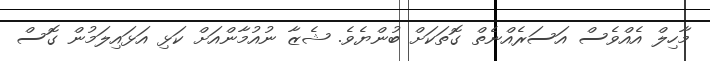
މާހިލް އެއްވެސް އަސަރެއްނެތް ގޮތަކަށް ބުންޔެވެ. ޝެޒާ ނުއުމާންއަށް ކަޅި އަޅައިލަމުން ގޮސް